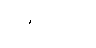
ဧဝံဝါဒီသု